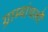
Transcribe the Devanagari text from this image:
ग्राम्यांचलोँ